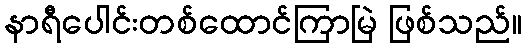
နာရီပေါင်းတစ်ထောင်ကြာမြဲ ဖြစ်သည်။